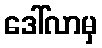
ဒေါ်လာမှ